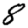
Digit: 8